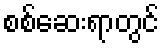
စစ်ဆေးရာတွင်